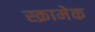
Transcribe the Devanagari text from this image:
स्क्रामेक